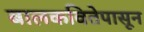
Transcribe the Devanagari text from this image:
बालकवितेपासून